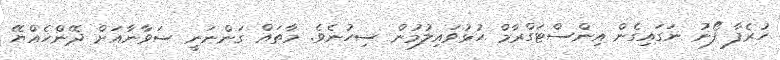
ހުރެފާ ފޯނު ނަގައިގެން އިންސްޓަގްރާމް ހުޅުވައިލުމުން ސިހުނެވެ. މާތައް ގަންނަނީ ސަވާނާއަށް ދޭންހެއްޔޭ